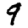
Digit: 9